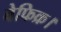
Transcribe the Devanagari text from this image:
बेफिक्र।